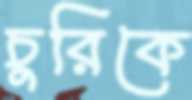
চুরিকে